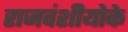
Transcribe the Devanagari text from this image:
राजवंशीयोके